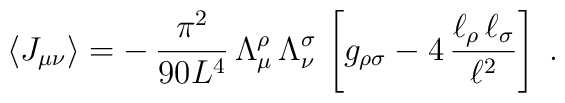
\langle J_{\mu\nu}\rangle = - \,\frac{\pi^2}{90 L^4}\, \Lambda_{\mu}^{\rho} \,\Lambda_{\nu}^{\sigma} \,\left[g_{\rho\sigma}-4 \,\frac{\ell _{\rho}\, \ell _{\sigma}}{\ell^2}\right]\; .